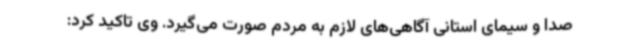
صدا و سیمای استانی آگاهی‌های لازم به مردم صورت می‌گیرد. وی تاکید کرد: